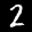
Label: 2